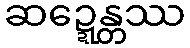
ဆဍ္ဍေန္တဿ